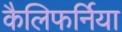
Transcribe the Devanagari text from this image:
कैलिफर्निया